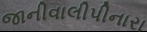
જાનીવાલીપીનારા